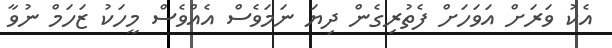
އެކު ވަރަށް އަވަހަށް ފެތުރިގެން ދިޔަ ނަމަވެސް އެއްވެސް މީހަކު ޒަހަމް ނުވާ